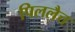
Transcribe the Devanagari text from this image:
पिललैत्त